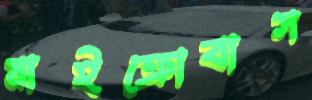
মাইক্রোবাস